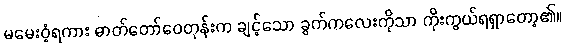
မမေးဝံ့ရကား ဓာတ်တော်ဝေတုန်းက ချင့်သော ခွက်ကလေးကိုသာ ကိုးကွယ်ရရှာတော့၏။